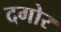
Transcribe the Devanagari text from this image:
दगोर